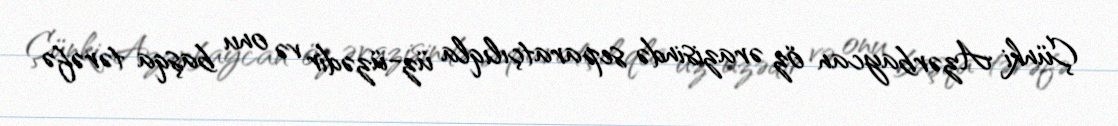
Çünki Azərbaycan öz ərazisində separatçılıqla üz-üzədir və onu başqa tərəfə